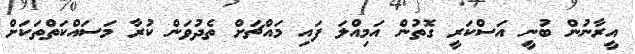
އީރާނުން ބުނީ އަސްކަރީ ގޮތުން އަމިއްލަ ފައި މައްޗަށް ތެދުވަން ކުރާ މަސައްކަތްތަކަށް